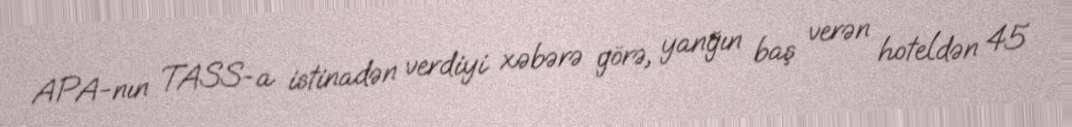
APA-nın TASS-a istinadən verdiyi xəbərə görə, yanğın baş verən hoteldən 45